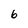
Character: 6